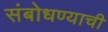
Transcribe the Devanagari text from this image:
संबोधण्याची